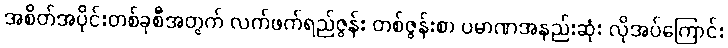
အစိတ်အပိုင်းတစ်ခုစီအတွက် လက်ဖက်ရည်ဇွန်း တစ်ဇွန်းစာ ပမာဏအနည်းဆုံး လိုအပ်ကြောင်း